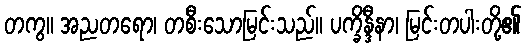
တကွ။ အညတရော၊ တစီးသောမြင်းသည်။ ပက္ခိန္ဒီနာ၊ မြင်းတပါးတို့၏